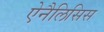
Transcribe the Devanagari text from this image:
ऐनैलिसिस